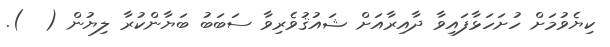
ކިޔެވުމަށް ހުށަހަޅާފައިވާ ދާއިރާއަށް ޝައުޤުވެރިވާ ސަބަބު ބަޔާންކުރާ ލިޔުން (  ).